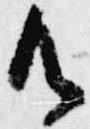
御